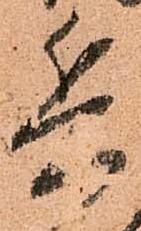
兵